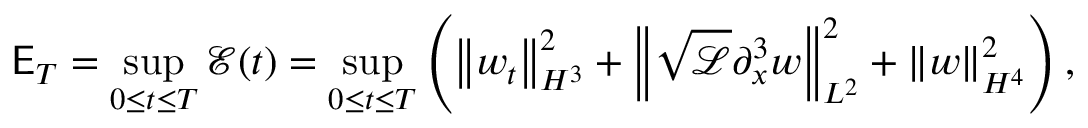
\mathsf { E } _ { T } = \displaystyle \operatorname* { s u p } _ { 0 \leq t \leq T } \mathcal { E } ( t ) = \displaystyle \operatorname* { s u p } _ { 0 \leq t \leq T } \left( \left\| w _ { t } \right\| _ { H ^ { 3 } } ^ { 2 } + \left\| \sqrt { \mathscr { L } } \partial _ { x } ^ { 3 } w \right\| _ { L ^ { 2 } } ^ { 2 } + \left\| w \right\| _ { H ^ { 4 } } ^ { 2 } \right) ,